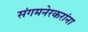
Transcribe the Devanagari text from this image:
संगमनेरकरांना